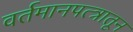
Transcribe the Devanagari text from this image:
वर्तमानपत्त्रातून